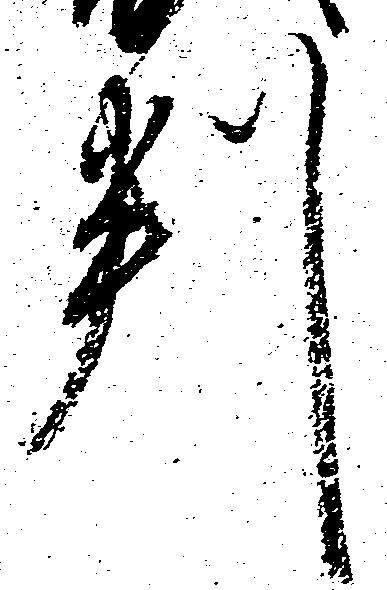
判